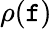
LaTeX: \rho(\mathtt{f})